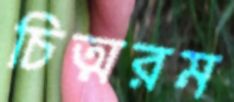
চিত্মরম